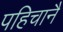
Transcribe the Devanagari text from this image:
पहिचानै